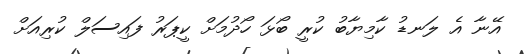
އޭނާ އެ ލަނޑު ކާމިޔާބު ކުރީ ބޯޅަ ހޯދުމަށް ކީޕަރު ފައިސަލް ކުރިއަށް